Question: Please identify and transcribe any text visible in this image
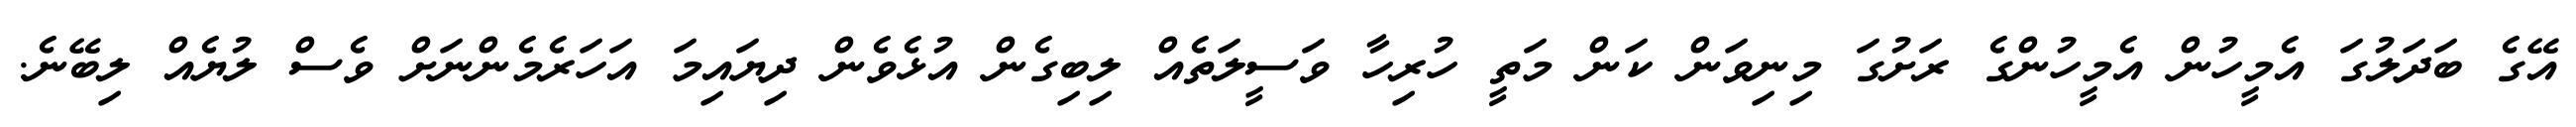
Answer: އޭގެ ބަދަލުގަ އެމީހުން އެމީހުންގެ ރަށުގަ މިނިވަން ކަން މަތީ ހުރިހާ ވަސީލަތެއް ލިބިގެން އުޅެވެން ދިޔައިމަ އަހަރެމެންނަށް ވެސް ލުޔެއް ލިބޭނެ.